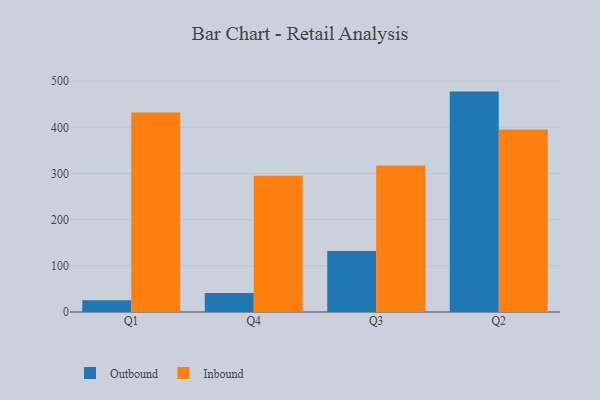
{"axis": {"x": "Quarter", "y": "Page Views"}, "legend": ["Inbound", "Outbound"], "data": [{"x": "Q1", "y": 25.3, "type": "Outbound"}, {"x": "Q1", "y": 432.0, "type": "Inbound"}, {"x": "Q4", "y": 41.1, "type": "Outbound"}, {"x": "Q4", "y": 295.2, "type": "Inbound"}, {"x": "Q3", "y": 132.0, "type": "Outbound"}, {"x": "Q3", "y": 317.3, "type": "Inbound"}, {"x": "Q2", "y": 477.5, "type": "Outbound"}, {"x": "Q2", "y": 395.5, "type": "Inbound"}]}